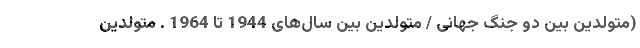
(متولدین بین دو جنگ جهانی / متولدین بین سال‌های 1944 تا 1964 . متولدین